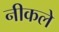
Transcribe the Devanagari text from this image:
नीकले